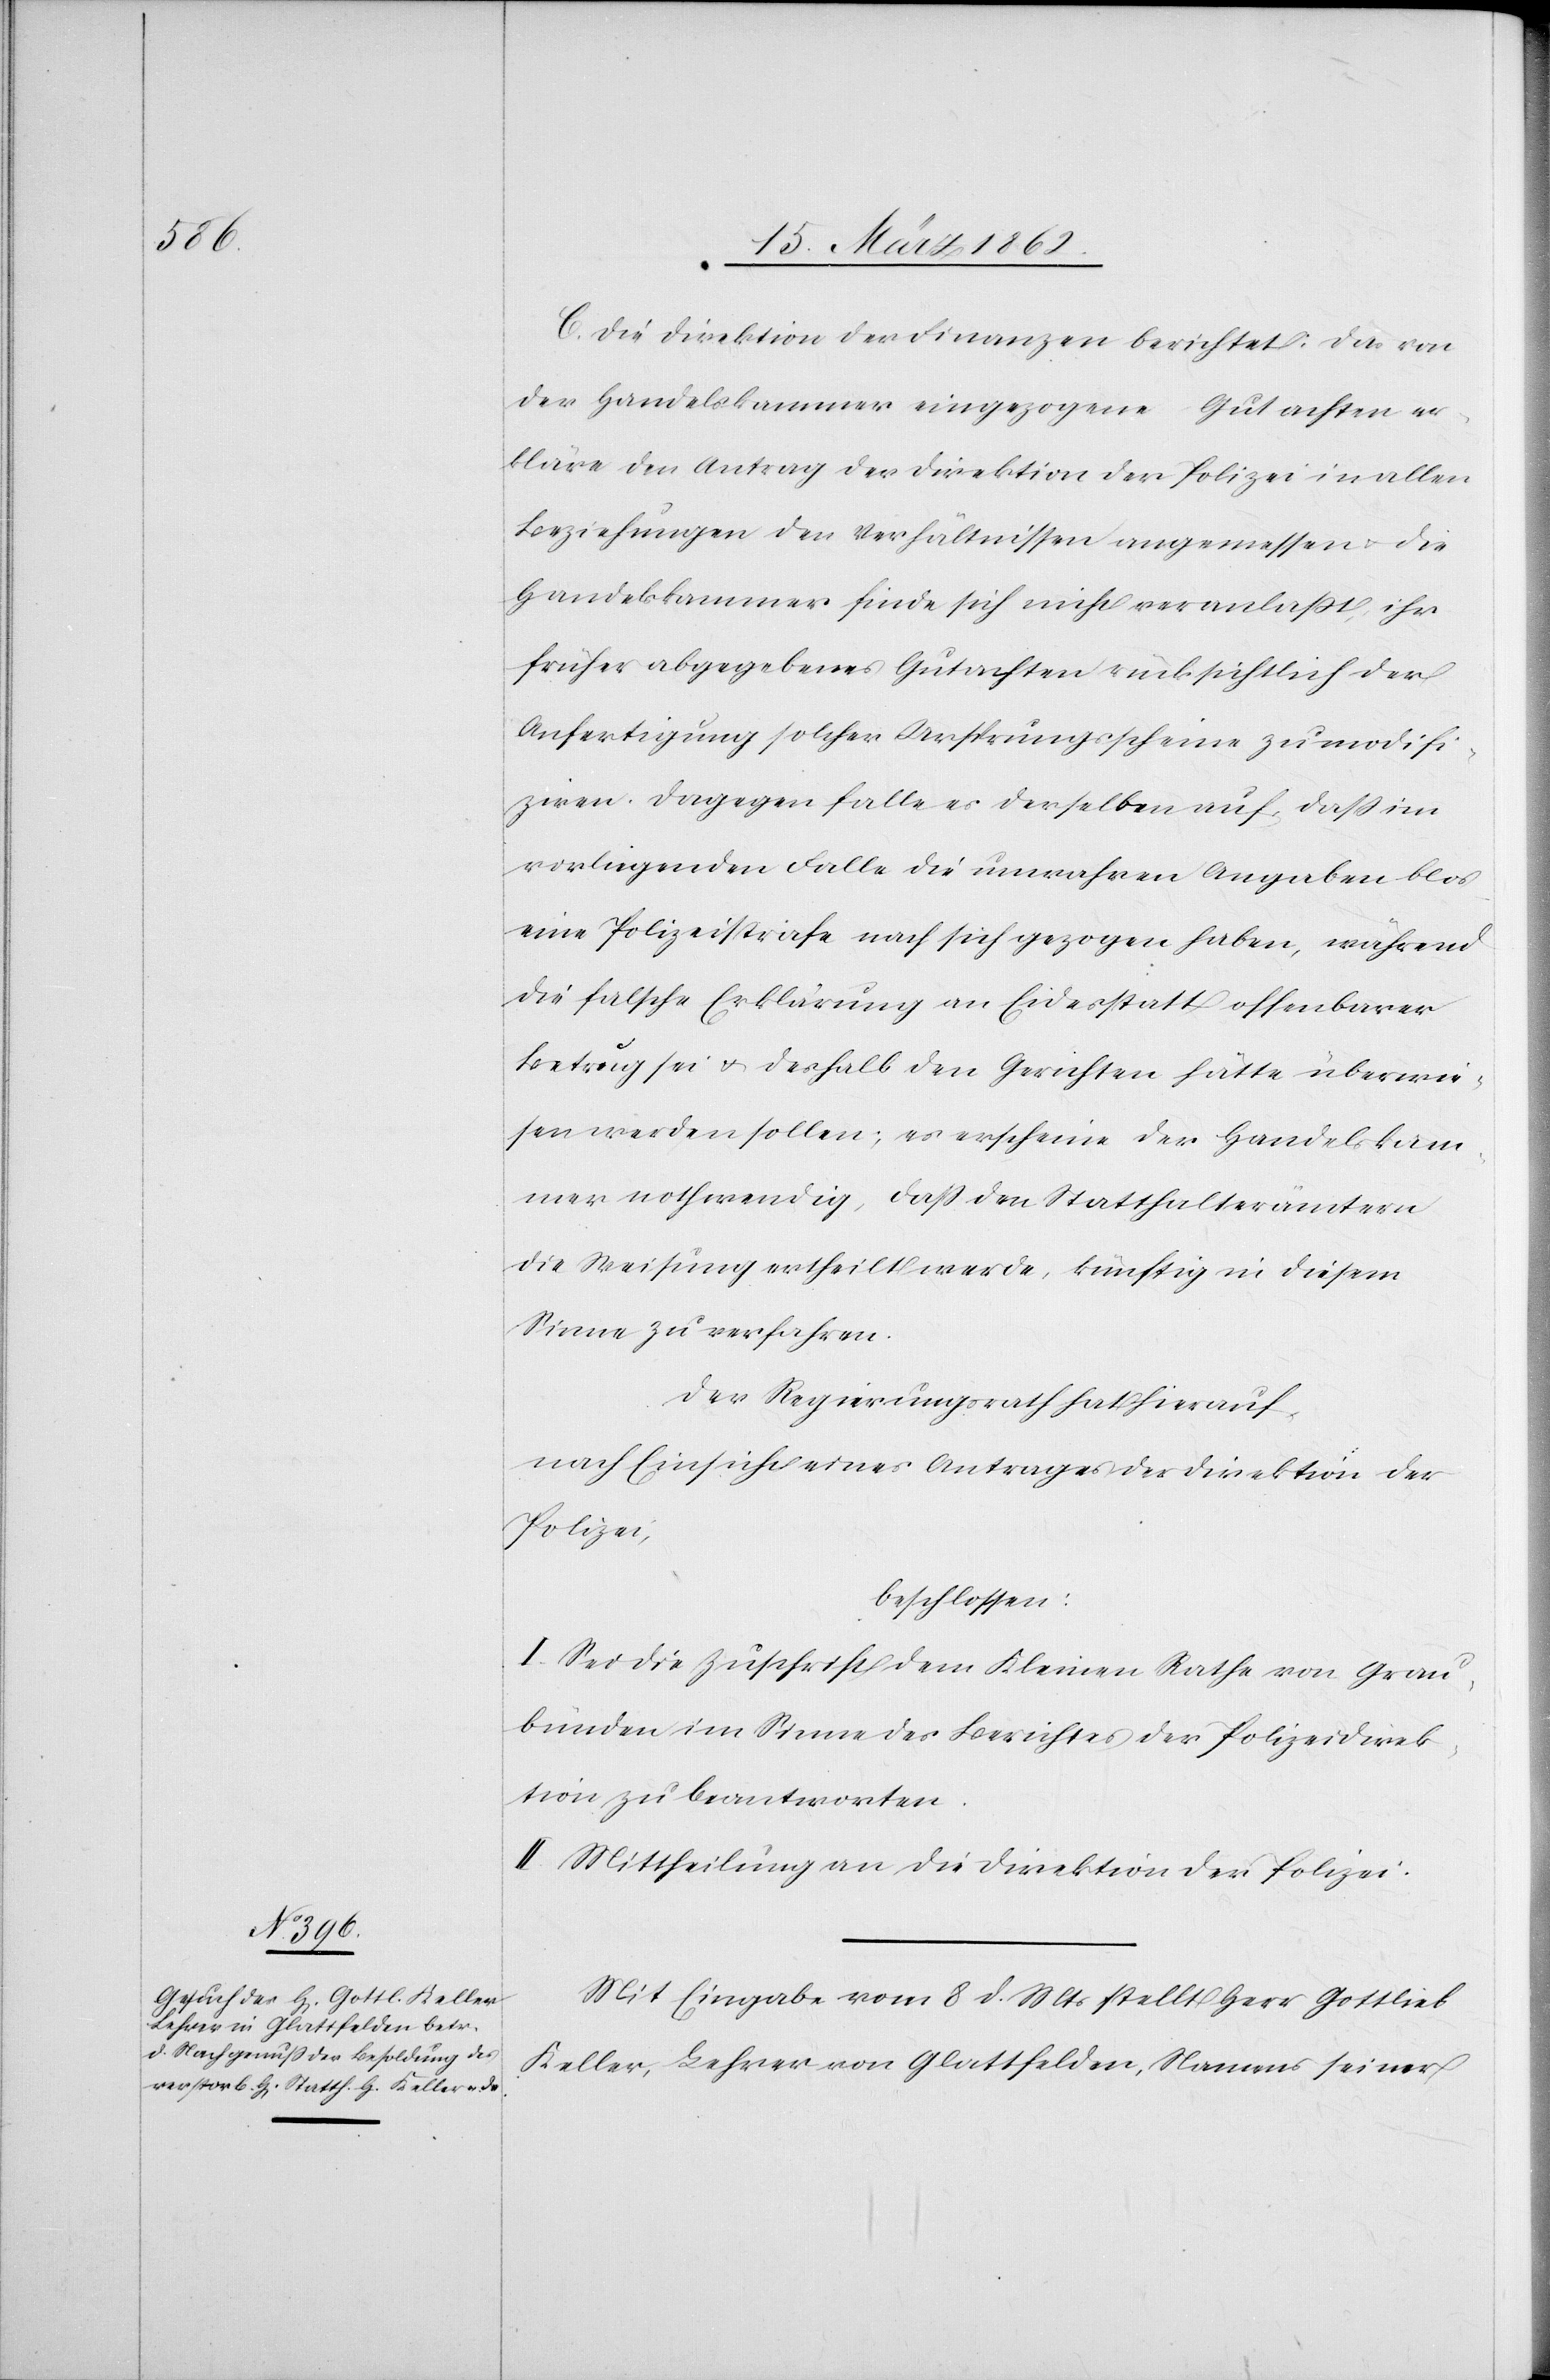
C. Die Direktion der Finanzen berichtet: Das von
der Handelskammer eingezogene Gutachten er¬
kläre den Antrag der Direktion der Polizei in allen
Beziehungen den Verhältnissen angemessen u. die
Handelskammer finde sich nicht veranlaßt, ihr
früher abgegebenes Gutachten rücksichtlich der
Anfertigung solcher Ursprungsscheine zu modifi¬
ziren. Dagegen falle es derselben auf, daß im
vorliegenden Falle die unwahren Angaben blos
eine Polizeistrafe nach sich gezogen haben, während
die falsche Erklärung an Eidesstatt offenbarer
Betrug sei u. deshalb den Gerichten hätte überwie¬
sen werden sollen; es erscheine der Handelskam¬
mer nothwendig, daß den Statthalterämtern
die Weisung ertheilt werde, künftig in diesem
Sinne zu verfahren.
Der Regierungsrath hat hierauf,
nach Einsicht eines Antrages der Direktion der
Polizei,
beschlossen:
I. Sei die Zuschrift dem Kleinen Rathe von Grau¬
bünden im Sinne des Berichtes der Polizeidirek¬
tion zu beantworten.
II. Mittheilung an die Direktion der Polizei.
Mit Eingabe vom 8 d. Mts stellt Herr Gottlieb
Keller, Lehrer in Glattfelden, Namens seiner